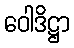
ဝေါဒိဋ္ဌာ